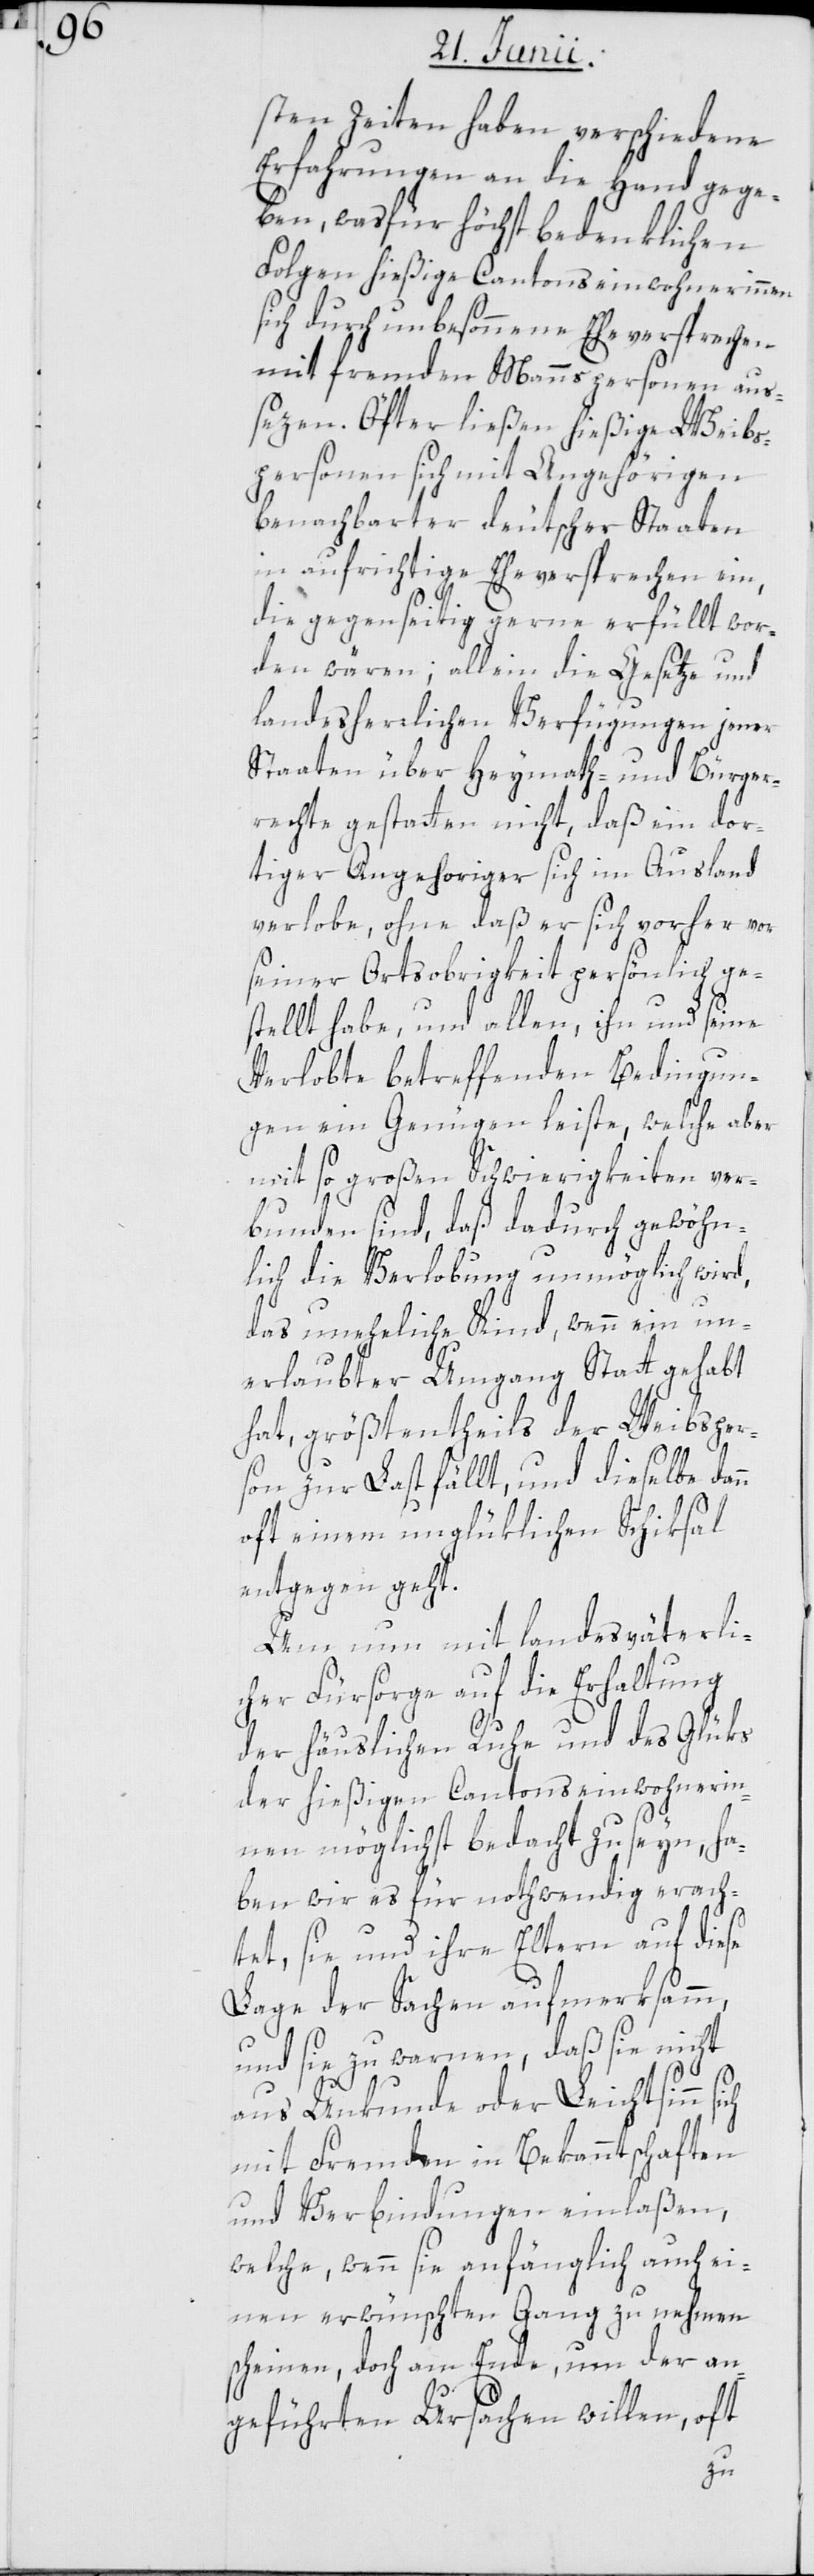
sten Zeiten haben verschiedene
Erfahrungen an die Hand gege¬
ben, was für höchst bedenklichen
Folgen hießige Cantonseinwohnerinnen
sich durch unbesonnene Eheversprechen
mit fremden Mannspersonen aus¬
sezen. Öfter ließen hießige Weibs¬
personen sich mit Angehörigen
benachbarter deutscher Staaten
in aufrichtige Eheversprechen ein,
n
die gegenseitig gerne erfüllt wor¬
den wären; allein die Gesetze und
landesherrlichen Verfügungen jener
Staaten über Heymath- und Bürger¬
rechte gestatten nicht, daß ein dor¬
tiger Angehoriger sich im Ausland
verlobe, ohne daß er sich vorher vor
seiner Ortsobrigkeit persönlich ge¬
stellt habe, und allen, ihn und seine
Verlobte betreffenden Bedingun¬
gen ein Genügen leiste, welche aber
mit so großen Schwierigkeiten ver¬
bunden sind, daß dadurch gewöhn¬
lich die Verlobung unmöglich wird,
das uneheliche Kind, wenn ein un¬
erlaubter Umgang Statt gehabt
hat, größtentheils der Weibsper¬
son zur Last fällt, und dieselbe dan¬
oft einem unglüklichen Schiksal
entgegen geht.
Um nun mit landesväterli¬
cher Fürsorge auf die Erhaltung
der häuslichen Ruhe und des Glüks
der hießigen Cantonseinwohnerin¬
nen möglichst bedacht zu seyn, ha¬
ben wir es für nothwendig erach¬
tet, sie und ihre Eltern auf diese
Lage der Sachen aufmerksamm,
und sie zu warnen, daß sie nicht
aus Unkunde oder Leichtsinn sich
mit Fremden in Bekanntschaften
und Verbindungen einlaßen,
welche, wenn sie anfänglich auch ei¬
nen erwünschten Gang zu nehmen
scheinen, doch am Ende um der an¬
geführten Ursachen willen, oft